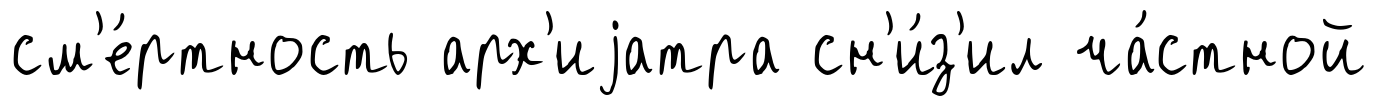
см'е́ртность арх'иjатра сн'и́з'ил ча́стной